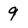
Character: 9